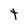
Character: t